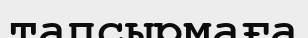
тапсырмаға